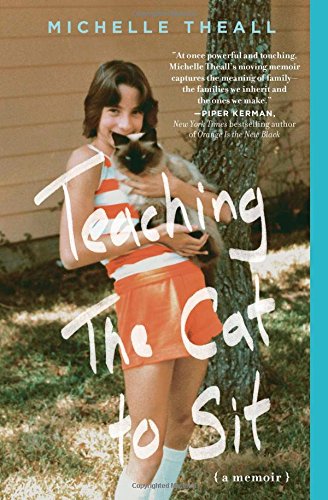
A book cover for Teaching the Cat to Sit: A Memoir; Michelle Theall; Gay & Lesbian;